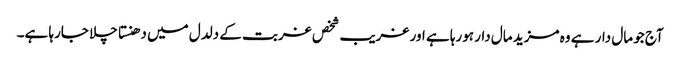
آج جو مال دار ہے وہ مزید مال دار ہورہا ہے اور غریب شخص غربت کے دلدل میں دھنستا چلا جارہا ہے۔